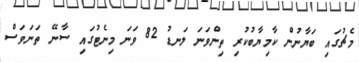
މެޗުގައި ބަޔާނުން ކާމިޔާބުކުރި ތިންވަނަ ލަނޑު 82 ވަނަ މިނެޓުގައި ސާނޭ ތަނަވަސް